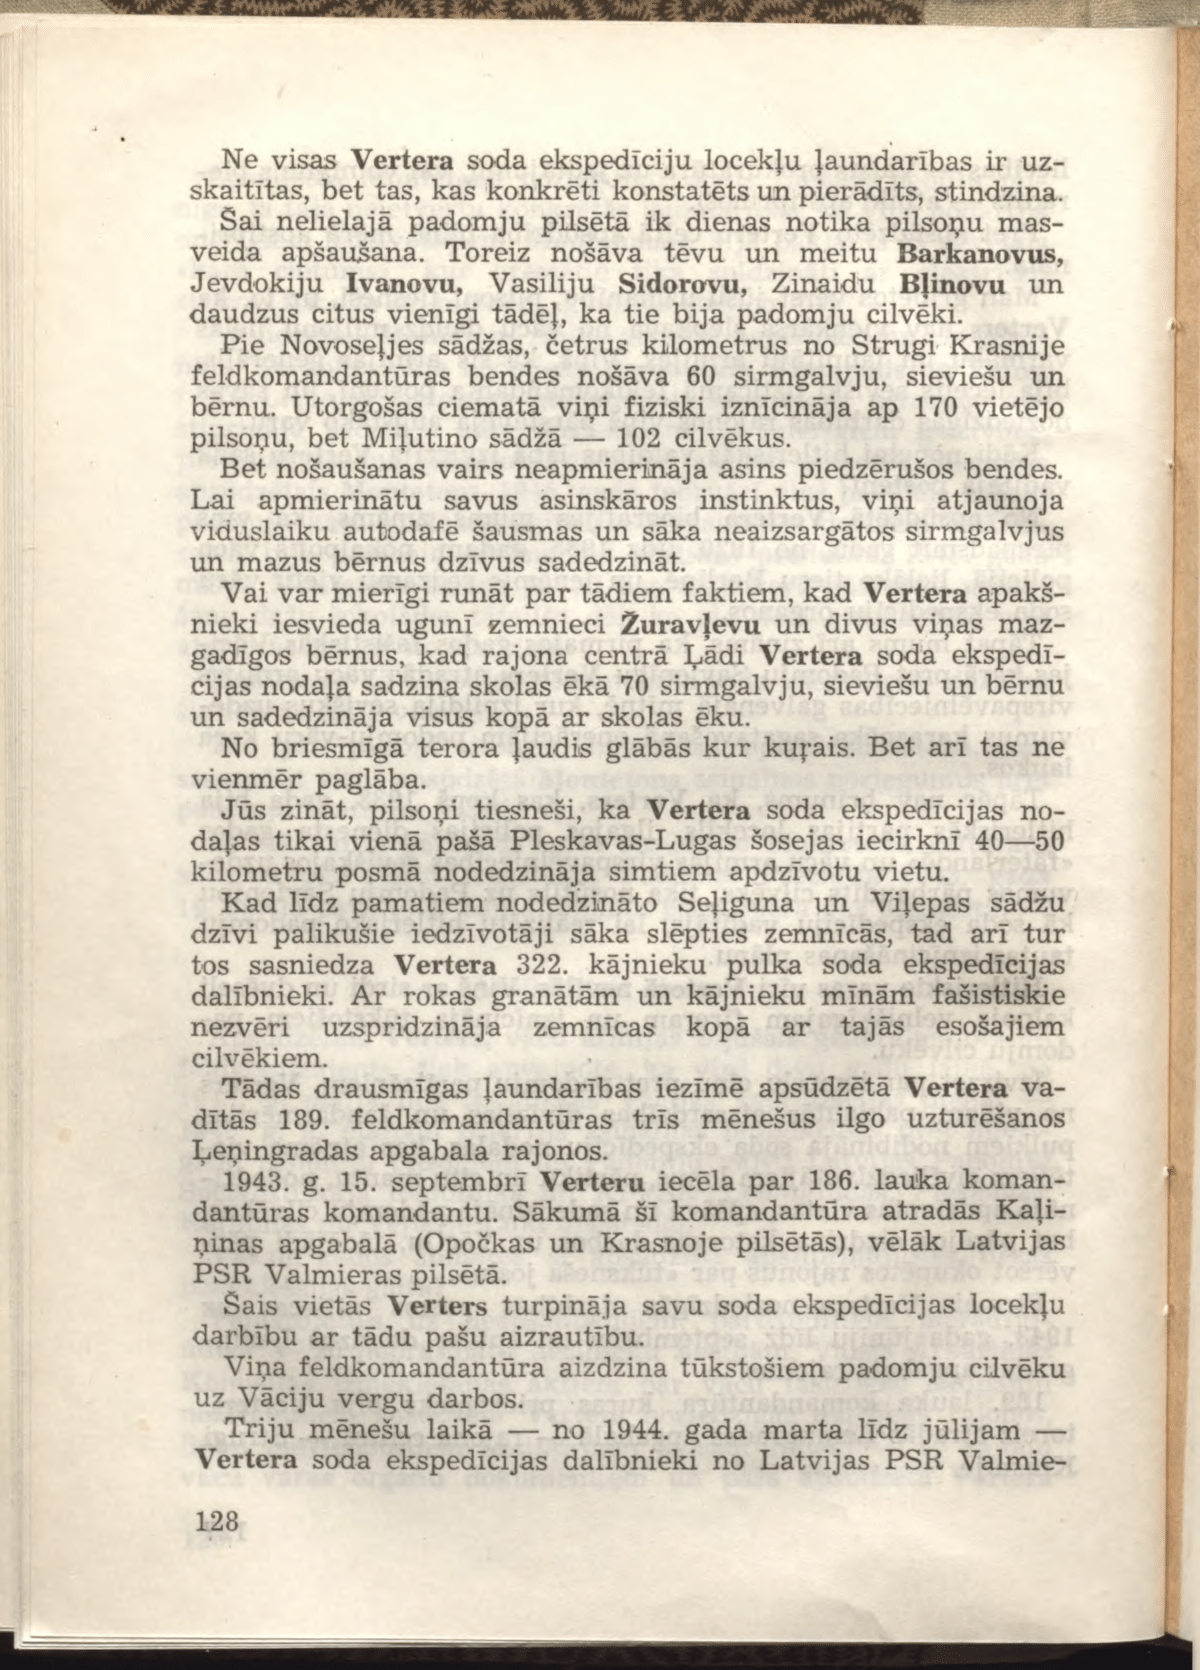
Language: lv